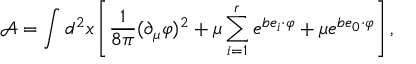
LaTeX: \mathcal { A } = \int d ^ { 2 } x \left[ \frac { 1 } { 8 \pi } ( \partial _ { \mu } \varphi ) ^ { 2 } + \mu \sum _ { i = 1 } ^ { r } e ^ { b e _ { i } \cdot \varphi } + \mu e ^ { b e _ { 0 } \cdot \varphi } \right] ,